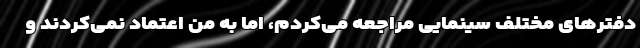
دفترهای مختلف سینمایی مراجعه می‌کردم، اما به من اعتماد نمی‌کردند و